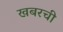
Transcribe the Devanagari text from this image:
खबरची